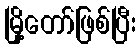
မြို့တော်ဖြစ်ပြီး